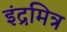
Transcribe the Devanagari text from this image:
इंद्रमित्र